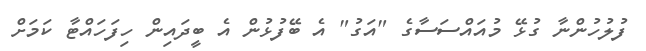
ފުލުހުންނާ ގުޅޭ މުއައްސަސާގެ "އަގު" އެ ބޭފުޅުން އެ ބީދައިން ހިފަހައްޓާ ކަމަށް